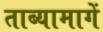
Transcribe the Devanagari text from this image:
ताब्यामागें